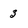
Character: 3